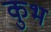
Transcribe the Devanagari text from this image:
कुभ